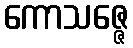
ကောသဇ္ဇေ